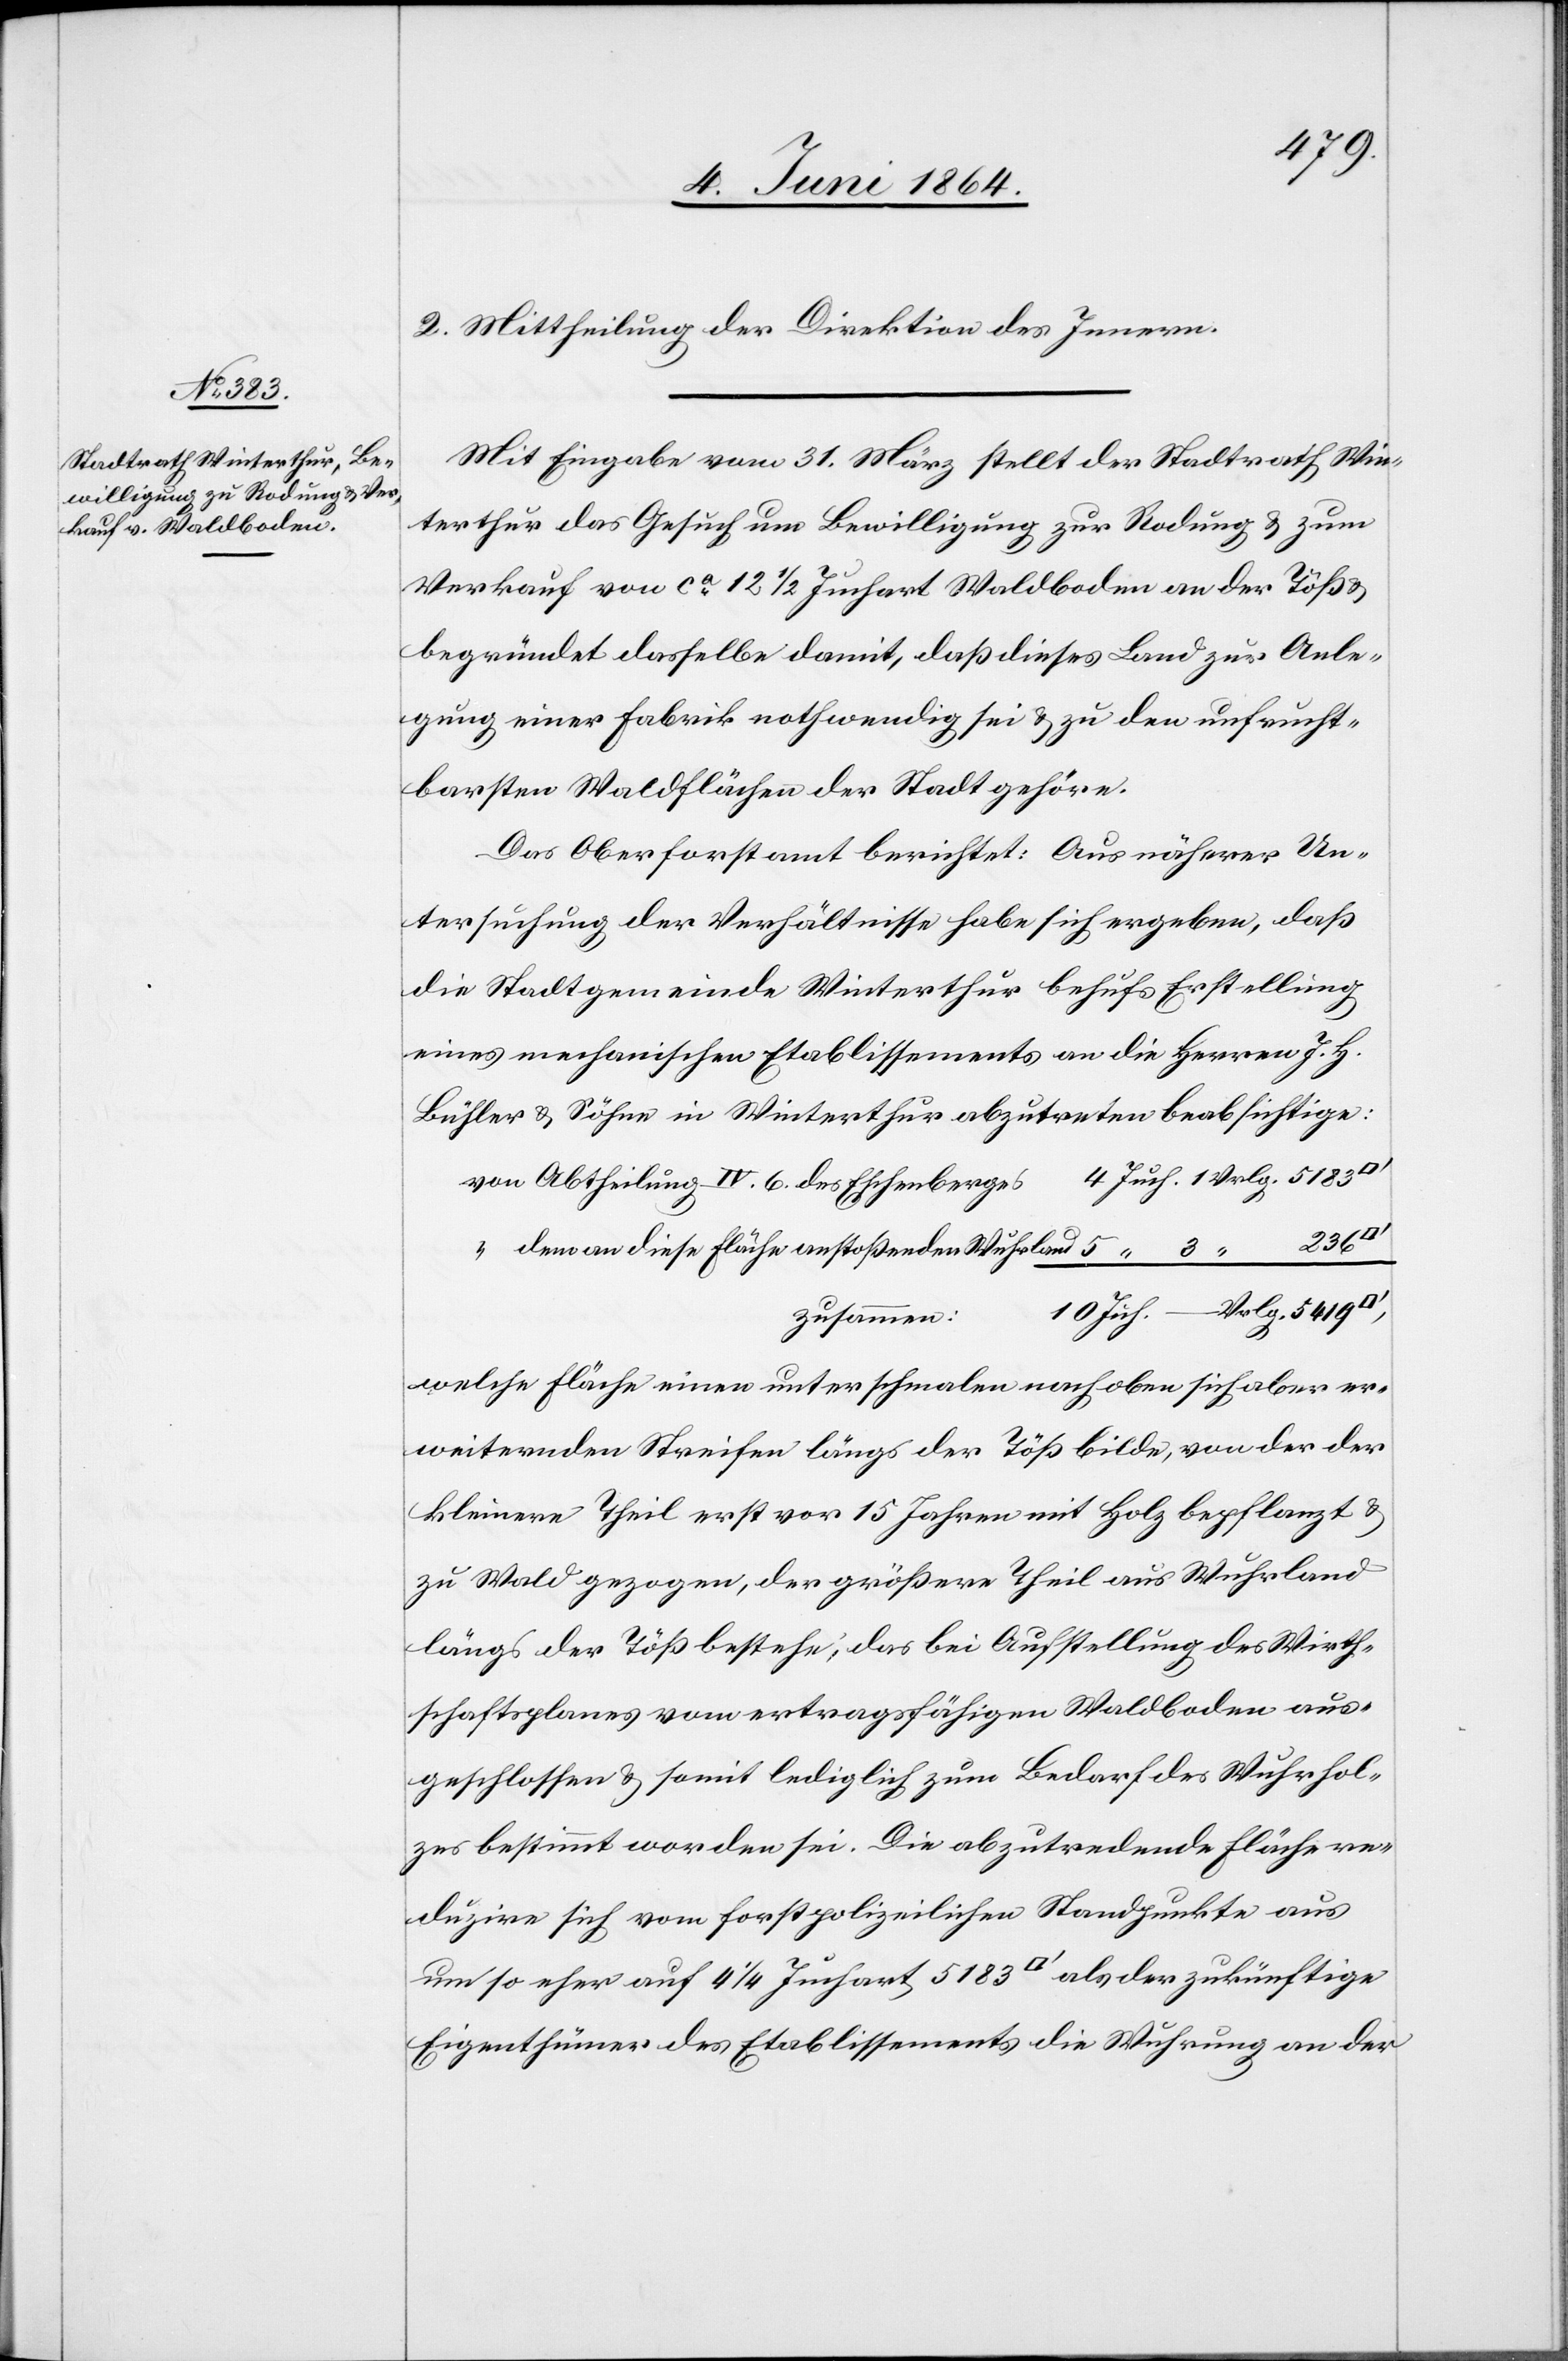
2. Mittheilung der Direktion des Innern.
Mit Eingabe vom 31. März stellt der Stadtrath Win¬
terthur das Gesuch um Bewilligung zur Rodung u. zum
Verkauf von ca 12 1/2 Juchart Waldboden an der Töß u.
begründet dasselbe damit, daß dieses Land zur Anle¬
gung einer Fabrik nothwendig sei u. zu den unfrucht¬
barsten Waldflächen der Stadt gehöre.
Das Oberforstamt berichtet: Aus näherer Un¬
tersuchung der Verhältnisse habe sich ergeben, daß
die Stadtgemeinde Winterthur behufs Erstellung
eines mechanischen Etablissements an die Herren J. H.
Bühler u. Söhne in Winterthur abzutreten beabsichtige:
von Abtheilung IV. 6. des Eschenberges			 4 Juch. 1 Vrlg. 5183
236
“ dem an diese Fläche anstoßenden Wuhrland 	 5
3
Juch. – Vrlg. 5419
welche Fläche einen unter schmalen nach oben sich aber er¬
weiternden Streifen längs der Töß bilde [sic!], von der der
kleinere Theil erst vor 15 Jahren mit Holz bepflanzt u.
zu Wald gezogen, der größere Theil aus Wuhrland
längs der Töß bestehe; das bei Aufstellung des Wirth¬
schaftsplanes vom ertragsfähigen Waldboden aus¬
geschlossen u. somit lediglich zum Bedarf des Wuhrhol¬
zes bestimmt worden sei. Die abzutretende Fläche re¬
duzire sich vom forstpolizeilichen Standpunkte aus
um so eher auf 4 1/4 Juchart 5183 [Quadratfuss] als der zukünftige
Eigenthümer des Etablissements die Wuhrung an der